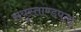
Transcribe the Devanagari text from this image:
संयुस्ताण्डपता